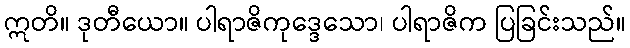
ဣတိ။ ဒုတီယော။ ပါရာဇိကုဒ္ဒေသော၊ ပါရာဇိက ပြခြင်းသည်။